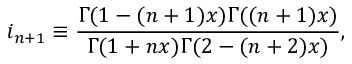
i _ { n + 1 } \equiv \frac { \Gamma ( 1 - ( n + 1 ) x ) \Gamma ( ( n + 1 ) x ) } { \Gamma ( 1 + n x ) \Gamma ( 2 - ( n + 2 ) x ) } ,